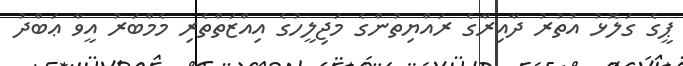
ޕީގެ ގަލޮޅު އުތުރު ދާއިރާގެ ރައްޔިތުންގެ މަޖިލީހުގެ އިއްޒަތްތެރި މެމްބަރު އީވާ ޢަބްދު